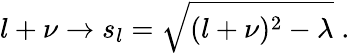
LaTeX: l+\nu\rightarrow s_{l}=\sqrt{(l+\nu)^{2}-\lambda}\; .